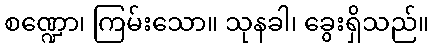
စဏ္ဍော၊ ကြမ်းသော။ သုနခါ၊ ခွေးရှိသည်။